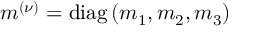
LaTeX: m ^ { ( \nu ) } = \mathrm { d i a g } \left( m _ { 1 } , m _ { 2 } , m _ { 3 } \right)